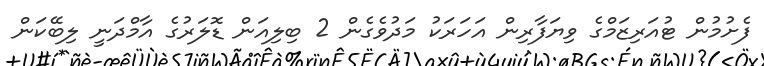
ފެށުމުން ޓުއަރިޒަމްގެ ވިޔަފާރިން އަހަރަކު މަދުވެގެން 2 ބިލިއަން ޑޮލަރުގެ އާމްދަނީ ލިބޭކަން